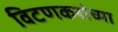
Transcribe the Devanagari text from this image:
विटणकरांच्या